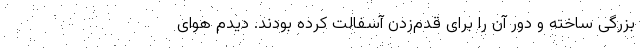
بزرگی ساخته و دور آن را برای قدم‌زدن آسفالت کرده بودند. دیدم هوای